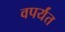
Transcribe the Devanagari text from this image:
वपर्यंत